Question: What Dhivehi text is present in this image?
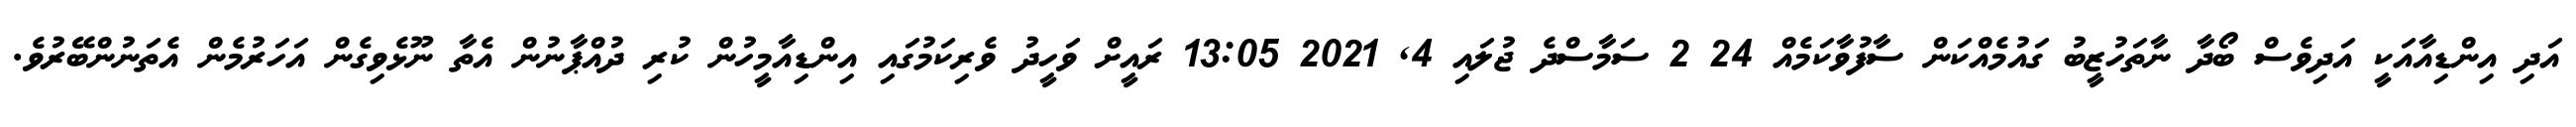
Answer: އަދި އިންޑިއާއަކީ އަދިވެސް ބޯދާ ނާތަހުޒީބު ގައުމެއްކަން ސާފުވާކަމެއް 24 2 ސަމާސްދެ ޖުލައި 4, 2021 13:05 ރައީށް ވަހީދު ވެރިކަމުގައި އިންޑިއާމީހުން ކުރި ދުއްޕާނުން އެތާ ނޫޅެވިގެން އަހަރުމެން އެތަނުންބޭރުވެ.